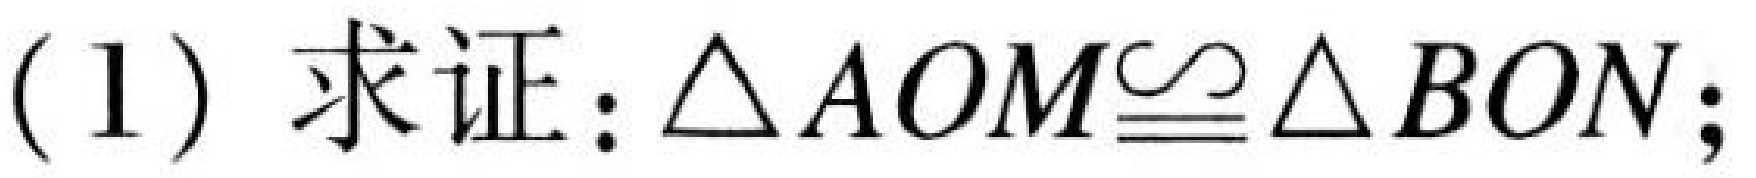
(1) 求证：$\triangle AOM\cong\triangle BON$;